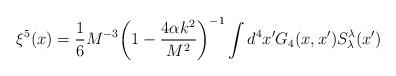
LaTeX: \begin{align*}\xi^5(x)=\frac{1}{6}M^{-3}\bigg(1-\frac{4\alpha k^2}{M^2}\bigg)^{-1}\int d^4 x^\prime G_4(x,x^\prime)S_\lambda^\lambda (x^\prime)\end{align*}